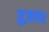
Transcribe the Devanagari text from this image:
हुज़वर